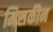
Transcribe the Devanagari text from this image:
मिसकीन